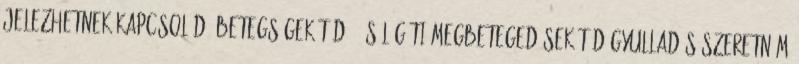
jelezhetnek Kapcsolódó betegségek tüdő- és légúti megbetegedések Tüdőgyulladás Szeretném